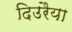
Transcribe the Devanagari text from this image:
दिउरैया